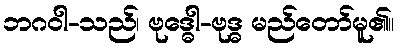
ဘဂဝါ-သည်၊ ဗုဒ္ဓေါ-ဗုဒ္ဓ မည်တော်မူ၏။